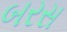
બરસ